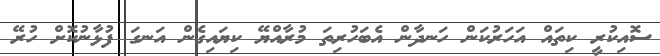
ސޮއިކުރީ ކިތައް އަހަރުކަން ހަނދާން އެބަހުރިތަ މުރާއްޔޭ ކިޔައިގެން އަނގަ ފުޅާނުކޮށް ހުރޭ